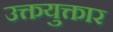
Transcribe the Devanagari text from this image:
उक्तयुक्तार